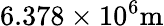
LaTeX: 6.378\times 10^{6}\mathrm{m}